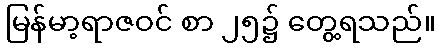
မြန်မာ့ရာဇဝင် စာ ၂၅၌ တွေ့ရသည်။